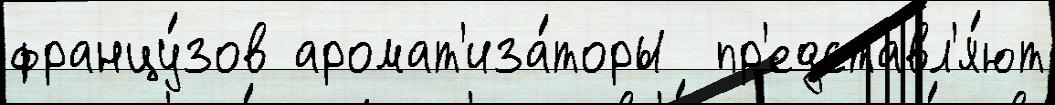
францу́зов аромат'иза́торы  пр'едставл'я́ют